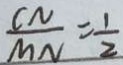
\frac { C N } { M N } = \frac { 1 } { 2 }